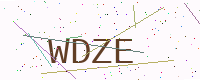
Text: WDZE